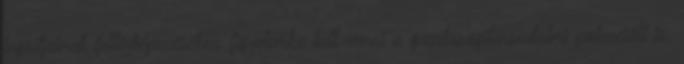
inputjainak feltérképezéséhez figyelembe kell venni a gazdaságitársadalmi potenciált is.